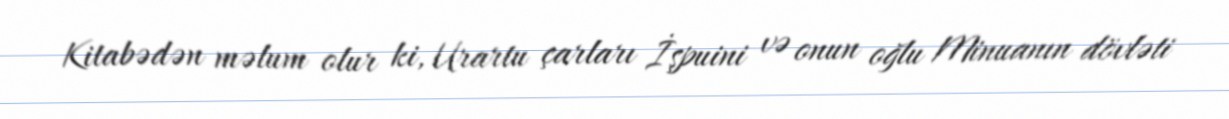
Kitabədən məlum olur ki, Urartu çarları İşpuini və onun oğlu Minuanın dövləti